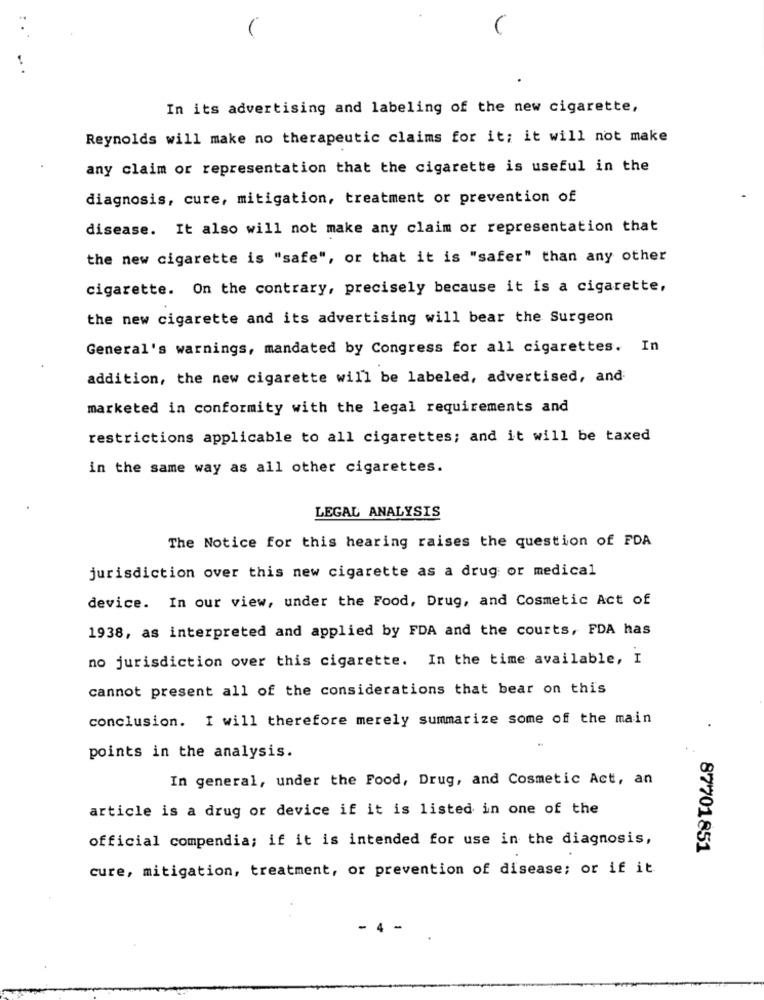
In its advertising and labeling of the new cigarette,
Reynolds will make no therapeutic claims for it; it will not make
any claim or representation that the cigarette is useful in the
diagnosis, cure, mitigation, treatment or prevention of
disease. It also will not make any claim or representation that
the new cigarette is "safe", or that it is "safer" than any other
cigarette. On the contrary, precisely because it is a cigarette,
the new cigarette and its advertising will bear the Surgeon
General's warnings, mandated by Congress for all cigarettes. In
addition, the new cigarette will be labeled, advertised, and
marketed in conformity with the legal requirements and
restrictions applicable to all cigarettes; and it will be taxed
in the same way as all other cigarettes.
LEGAL ANALYSIS
The Notice for this hearing raises the question of FDA
jurisdiction over this new cigarette as a drug or medical
device. In our view, under the Food, Drug, and Cosmetic Act of
1938, as interpreted and applied by FDA and the courts, FDA has
no jurisdiction over this cigarette. In the time available, I
cannot present all of the considerations that bear on this
conclusion. I will therefore merely summarize some of the main
points in the analysis.
In general, under the Food, Drug, and Cosmetic Act, an
article is a drug or device if it is listed in one of the
official compendia; if it is intended for use in the diagnosis,
87701851
cure, mitigation, treatment, or prevention of disease; or if it
4